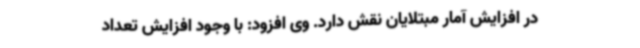
در افزایش آمار مبتلایان نقش دارد. وی افزود: با وجود افزایش تعداد